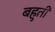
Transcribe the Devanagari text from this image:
बहुती